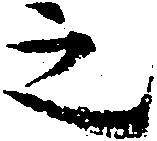
之